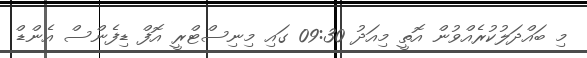
މި ބައްދަލުކުރެއްވުން އޮތީ މިއަދު 09:30 ގައި މިނިސްޓްރީ އޮފް ޑިފެންސް އެންޑް